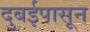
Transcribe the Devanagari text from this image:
दुबईपासून